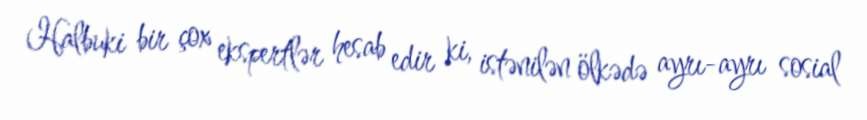
Halbuki bir çox ekspertlər hesab edir ki, istənilən ölkədə ayrı-ayrı sosial